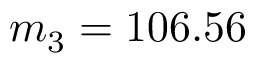
m _ { 3 } = 1 0 6 . 5 6